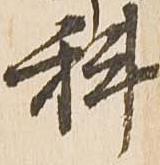
科